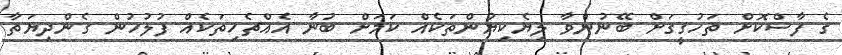
ގެ ފާސްކޮށް ތަހުގީގަށް ބޭނުންވާ ލިޔެކިޔުންތަކެއް ކަމަށް ބުނާ އެއްޗެހިތަކެއް ފުލުހުން ގެންދިޔަތާ